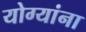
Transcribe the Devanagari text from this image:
योग्यांना